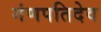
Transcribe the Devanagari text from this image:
गंणपतिदेव